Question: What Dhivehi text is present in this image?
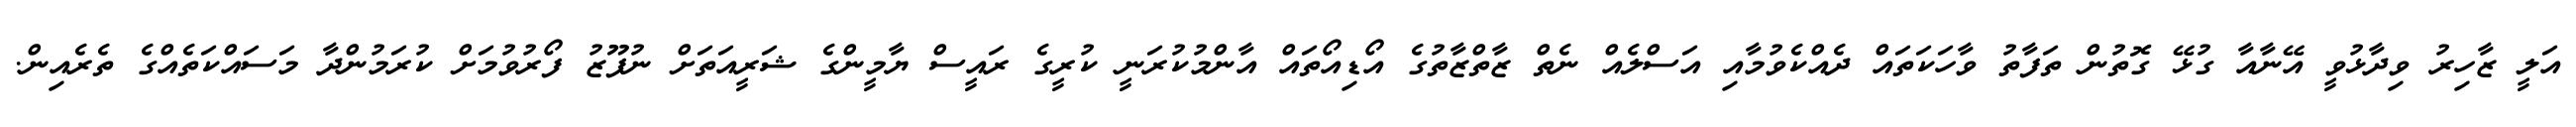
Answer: އަލީ ޒާހިރު ވިދާޅުވީ އޭނާއާ ގުޅޭ ގޮތުން ތަފާތު ވާހަކަތައް ދެއްކެވުމާއި އަސްލެއް ނެތް ޒާތްޒާތުގެ އޯޑިއޯތައް އާންމުކުރަނީ ކުރީގެ ރައީސް ޔާމީންގެ ޝަރީއަތަށް ނުފޫޒު ފޯރުވުމަށް ކުރަމުންދާ މަސައްކަތެއްގެ ތެރެއިން.